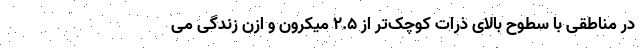
در مناطقی با سطوح بالای ذرات کوچک‌تر از ۲.۵ میکرون و ازن زندگی می